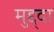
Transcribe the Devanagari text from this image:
मुद्द्दा